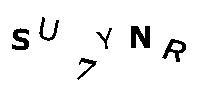
SU7YNR